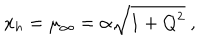
LaTeX: x _ { h } = \mu _ { \infty } = \alpha \sqrt { 1 + Q ^ { 2 } } \ ,